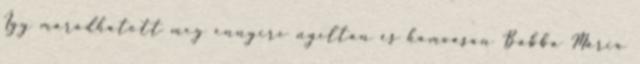
Így maradhatott meg ennyire nyíltan és hamvasan Babba Mária